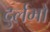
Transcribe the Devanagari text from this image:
दुर्लभो